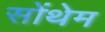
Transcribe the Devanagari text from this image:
सोंथेम